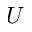
U